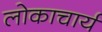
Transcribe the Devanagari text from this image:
लोकाचार्य